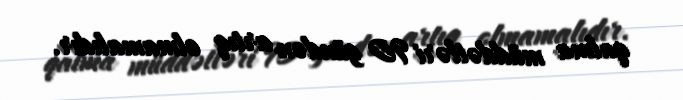
qalma müddətləri 90 gündən artıq olmamalıdır.